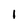
Character: l